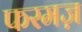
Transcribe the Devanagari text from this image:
फरमज़